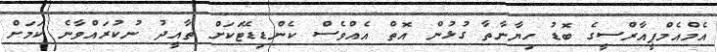
އެމްއެމްޕީއާރްސީގެ ބޮޑު ހިޔާނާތާ ގުޅުން އޮތް އެއްވެސް ކެންޑިޑޭޓަކަށް ތާއީދު ނުކުރައްވާނެ ކަމަށް